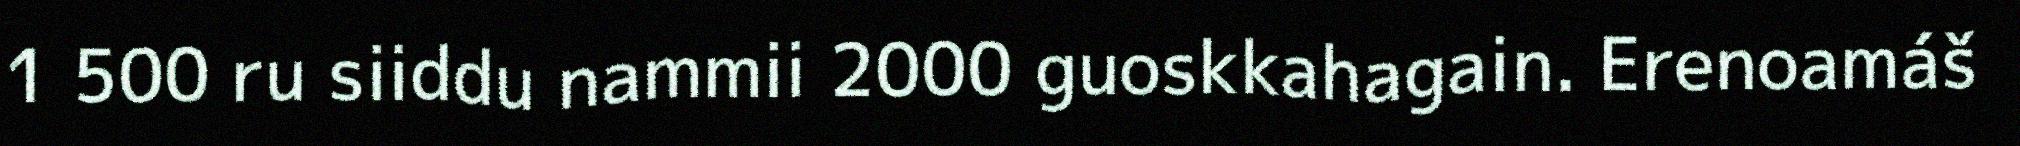
1 500 ru siiddu nammii 2000 guoskkahagain. Erenoamáš